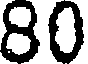
80